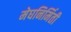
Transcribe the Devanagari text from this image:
मेघनिर्मिती